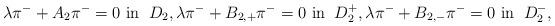
LaTeX: \begin{align*}\lambda \pi^- + A_2 \pi^- = 0 \hbox{ in } \: D_2,\lambda \pi^- + B_{2,+} \pi^- = 0 \hbox{ in } \: D_2^+,\lambda \pi^- + B_{2,-} \pi^- = 0 \hbox{ in } \: D_2^-,\end{align*}